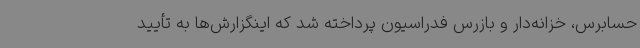
حسابرس، خزانه‌دار و بازرس فدراسیون پرداخته شد که اینگزارش‌ها به تأیید